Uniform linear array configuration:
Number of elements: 8
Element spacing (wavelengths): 1
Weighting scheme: cosine
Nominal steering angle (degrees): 30
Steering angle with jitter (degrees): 30.206
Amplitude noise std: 0.05
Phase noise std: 0.05

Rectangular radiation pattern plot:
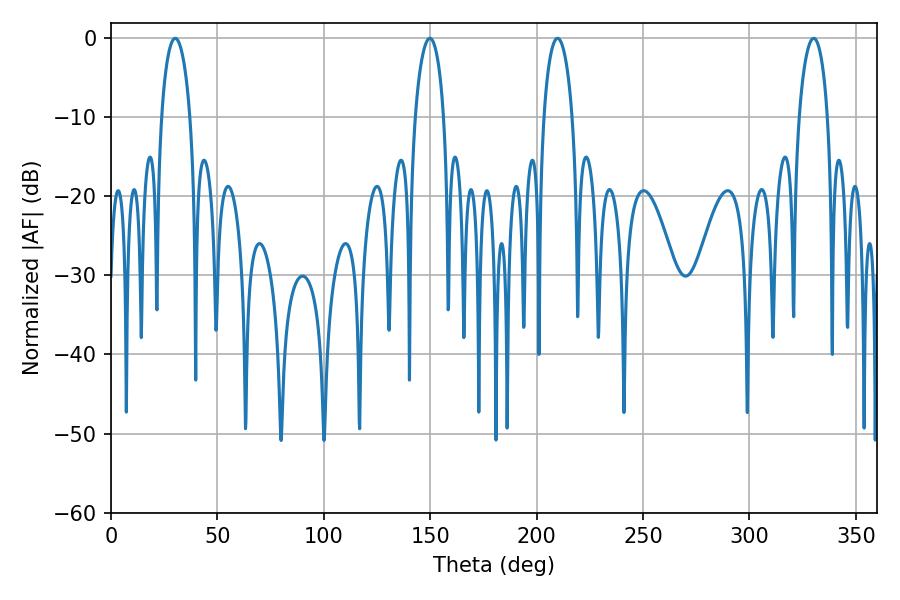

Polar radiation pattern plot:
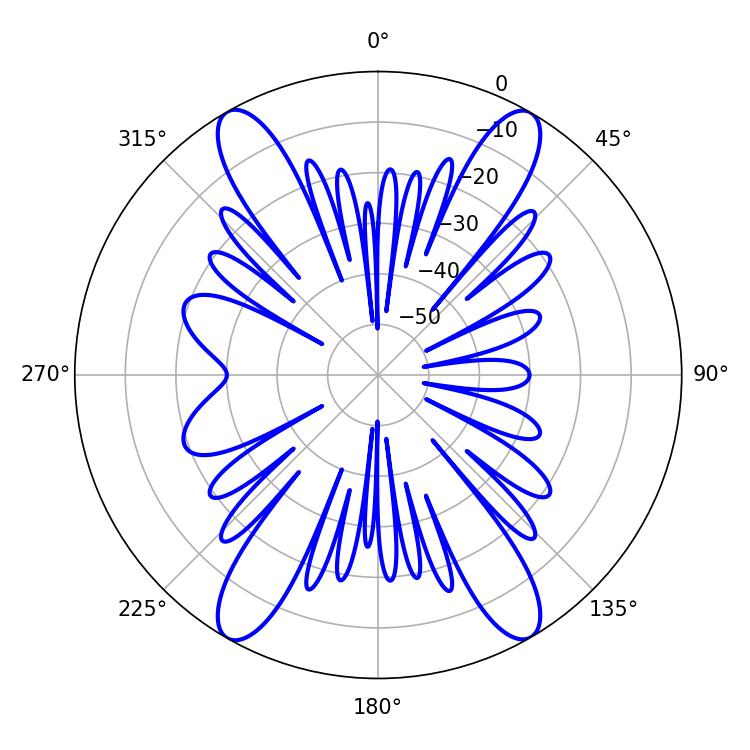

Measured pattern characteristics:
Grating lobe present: TRUE
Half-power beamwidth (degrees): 7.56
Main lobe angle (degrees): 209.88